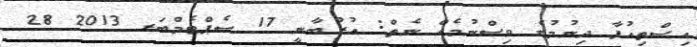
އިސްތިއުފާ ދިނުމުގެ ވިސްނުމެއް ނެތް: އުރުބާނީ 17 ސެޕްޓެމްބަރ 2013 28